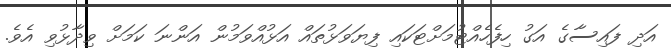
އަދި ފައިސާގެ އަގު ހިފެހެއްޓުމަށްޓަކައި ފިޔަވަޅުތައް އަޅުއްވަމުން އަންނަ ކަމަށް ވިދާޅުވި އެވެ.